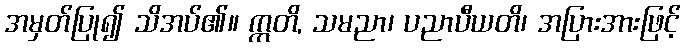
အမှတ်ပြု၍ သိအပ်၏။ ဣတိ, သမညာ၊ ပညာပီယတိ၊ အပြားအားဖြင့်